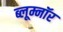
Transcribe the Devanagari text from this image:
ब्लूम्नॉर